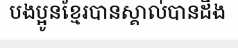
បងប្អូនខ្មែរបានស្គាល់បានដឹង